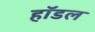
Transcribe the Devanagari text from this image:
हॉडल